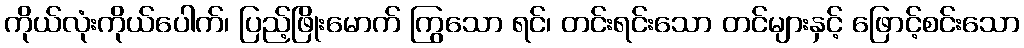
ကိုယ်လုံးကိုယ်ပေါက်၊ ပြည့်ဖြိုးမောက် ကြွသော ရင်၊ တင်းရင်းသော တင်များနှင့် ဖြောင့်စင်းသော